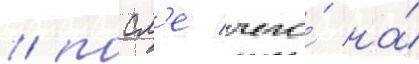
/ посл'е чего́ на́